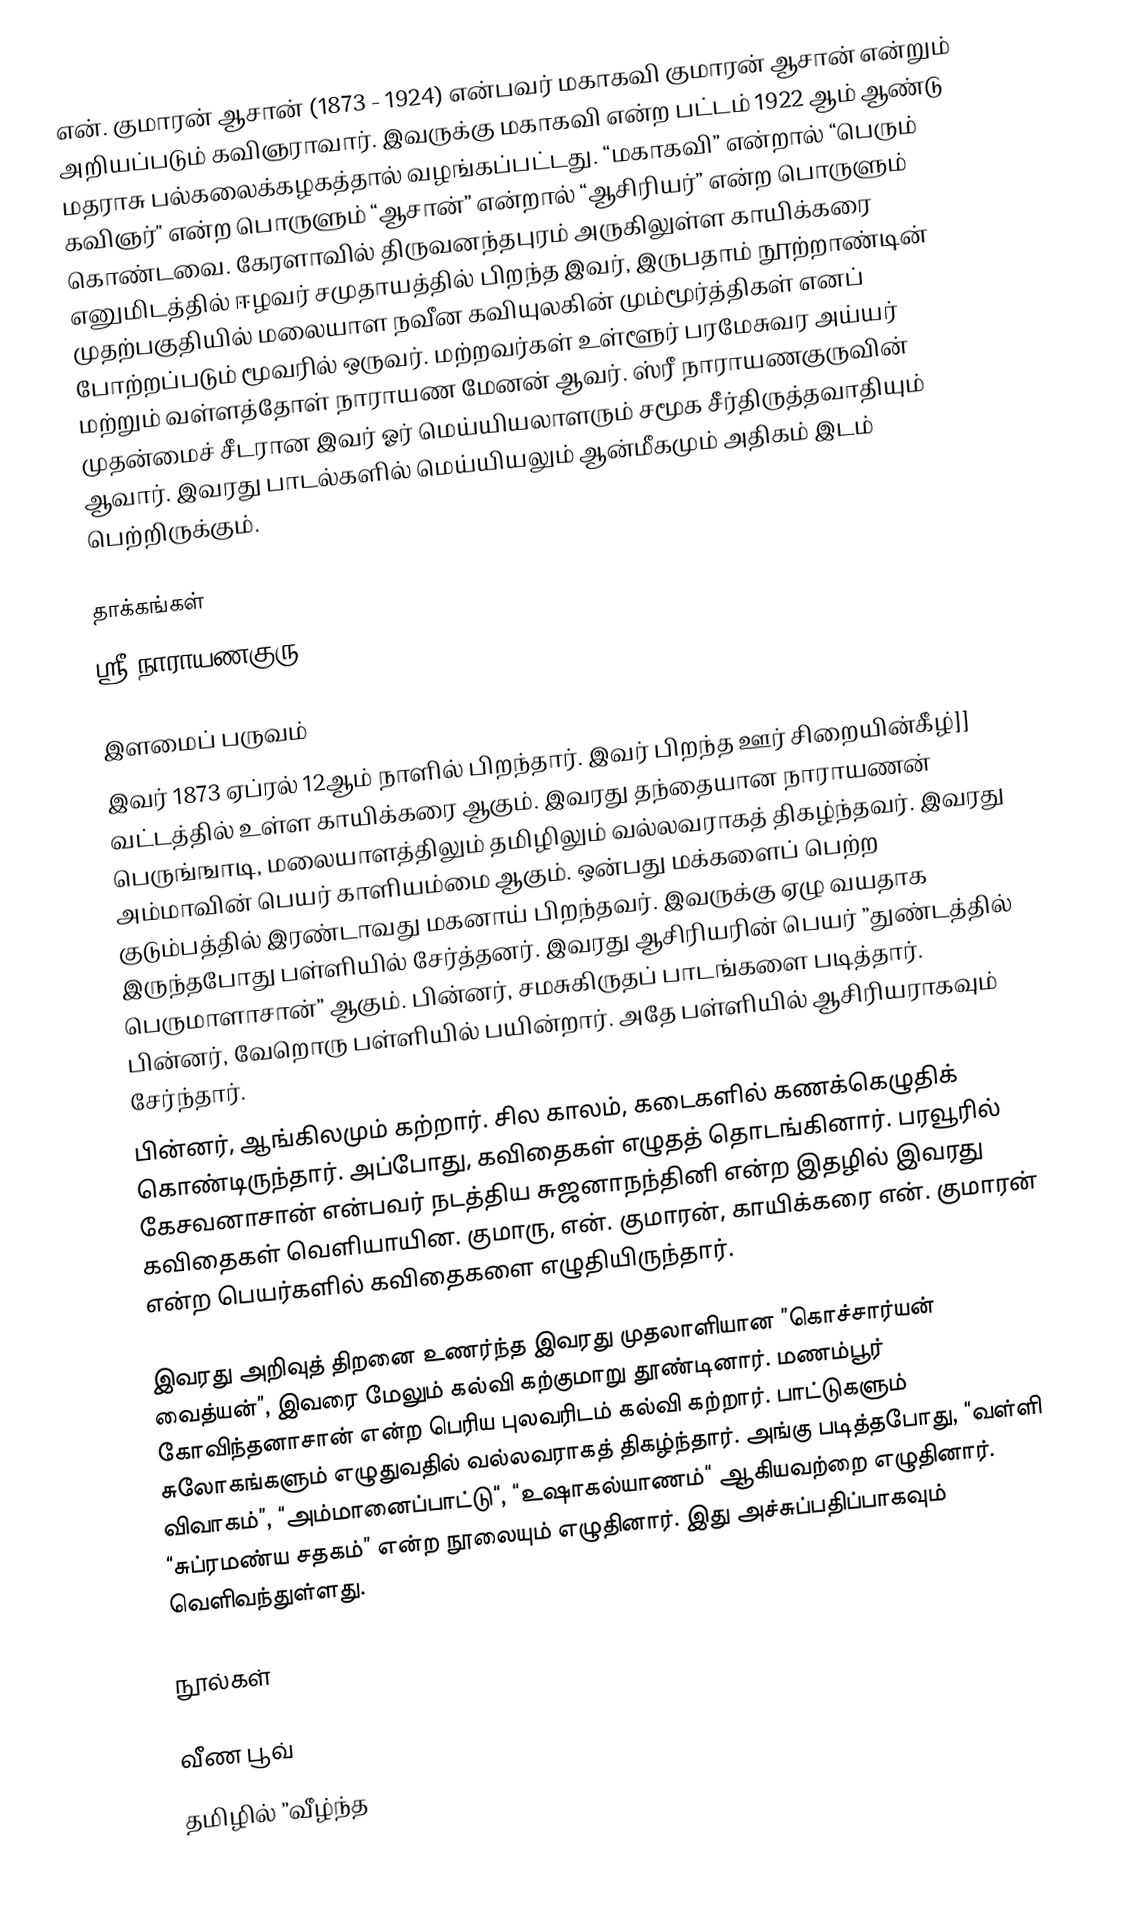
என். குமாரன்  ஆசான் (1873 - 1924) என்பவர் மகாகவி குமாரன்  ஆசான் என்றும் அறியப்படும் கவிஞராவார். இவருக்கு மகாகவி என்ற பட்டம் 1922 ஆம் ஆண்டு மதராசு பல்கலைக்கழகத்தால் வழங்கப்பட்டது. “மகாகவி” என்றால் “பெரும் கவிஞர்" என்ற பொருளும் “ஆசான்” என்றால் “ஆசிரியர்” என்ற பொருளும் கொண்டவை. கேரளாவில் திருவனந்தபுரம் அருகிலுள்ள காயிக்கரை எனுமிடத்தில் ஈழவர் சமுதாயத்தில் பிறந்த இவர், இருபதாம் நூற்றாண்டின் முதற்பகுதியில் மலையாள நவீன கவியுலகின் மும்மூர்த்திகள் எனப் போற்றப்படும் மூவரில் ஒருவர். மற்றவர்கள் உள்ளூர் பரமேசுவர அய்யர் மற்றும் வள்ளத்தோள் நாராயண மேனன் ஆவர். ஸ்ரீ நாராயணகுருவின் முதன்மைச் சீடரான இவர் ஓர் மெய்யியலாளரும் சமூக சீர்திருத்தவாதியும் ஆவார். இவரது பாடல்களில் மெய்யியலும் ஆன்மீகமும் அதிகம் இடம் பெற்றிருக்கும்.

தாக்கங்கள்
ஸ்ரீ நாராயணகுரு

இளமைப் பருவம்
இவர் 1873 ஏப்ரல் 12ஆம் நாளில் பிறந்தார். இவர் பிறந்த ஊர் சிறையின்கீழ்]] வட்டத்தில் உள்ள காயிக்கரை ஆகும். இவரது தந்தையான நாராயணன் பெருங்ஙாடி, மலையாளத்திலும் தமிழிலும் வல்லவராகத் திகழ்ந்தவர். இவரது அம்மாவின் பெயர் காளியம்மை ஆகும். ஒன்பது மக்களைப் பெற்ற குடும்பத்தில் இரண்டாவது மகனாய் பிறந்தவர். இவருக்கு ஏழு வயதாக இருந்தபோது பள்ளியில் சேர்த்தனர். இவரது ஆசிரியரின் பெயர் ”துண்டத்தில் பெருமாளாசான்” ஆகும். பின்னர், சமசுகிருதப் பாடங்களை படித்தார். பின்னர், வேறொரு பள்ளியில் பயின்றார். அதே பள்ளியில் ஆசிரியராகவும் சேர்ந்தார்.
பின்னர், ஆங்கிலமும் கற்றார். சில காலம், கடைகளில் கணக்கெழுதிக் கொண்டிருந்தார். அப்போது, கவிதைகள் எழுதத் தொடங்கினார். பரவூரில் கேசவனாசான் என்பவர் நடத்திய சுஜனாநந்தினி என்ற இதழில் இவரது கவிதைகள் வெளியாயின. குமாரு, என். குமாரன், காயிக்கரை என். குமாரன் என்ற பெயர்களில் கவிதைகளை எழுதியிருந்தார்.

இவரது அறிவுத் திறனை உணர்ந்த இவரது முதலாளியான ”கொச்சார்யன் வைத்யன்”, இவரை மேலும் கல்வி கற்குமாறு தூண்டினார். மணம்பூர் கோவிந்தனாசான் என்ற பெரிய புலவரிடம் கல்வி கற்றார். பாட்டுகளும் சுலோகங்களும் எழுதுவதில் வல்லவராகத் திகழ்ந்தார். அங்கு படித்தபோது, “வள்ளி விவாகம்”, “அம்மானைப்பாட்டு“, “உஷாகல்யாணம்“ ஆகியவற்றை எழுதினார். “சுப்ரமண்ய சதகம்” என்ற நூலையும் எழுதினார். இது அச்சுப்பதிப்பாகவும் வெளிவந்துள்ளது.

நூல்கள்

வீண பூவ்
தமிழில் ”வீழ்ந்த